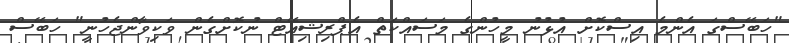
"ހަބޭސްގަ އެންމެ އިސްކޮށް އުޅުނު މީހުންގެ މަސައްކަތް އެޕްރިޝިއޭޓް ނުކޮށްގެން ވަކިވާންޖެހުނީ" ހަބޭސް